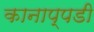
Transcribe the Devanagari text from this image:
कानाप्पडी